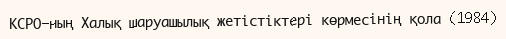
КСРО-ның Халық шаруашылық жетістіктері көрмесінің қола (1984)